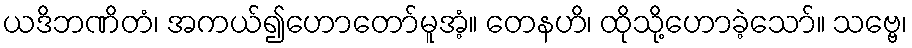
ယဒိဘဏိတံ၊ အကယ်၍ဟောတော်မူအံ့။ တေနဟိ၊ ထိုသို့ဟောခဲ့သော်။ သဗ္ဗေ၊